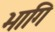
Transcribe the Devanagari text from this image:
भागि